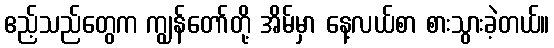
ဧည့်သည်တွေက ကျွန်တော်တို့ အိမ်မှာ နေ့လယ်စာ စားသွားခဲ့တယ်။